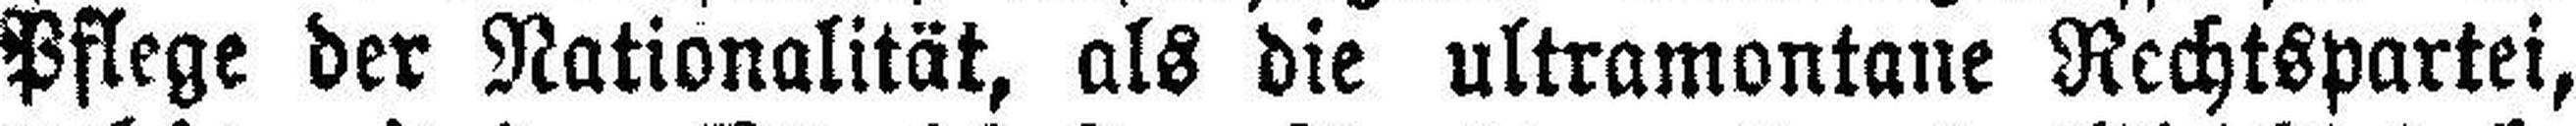
Pflege der Nationalität, als die ultramontane Rechtspartei,